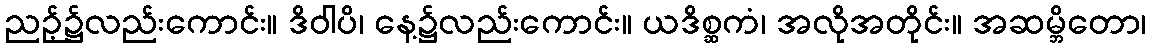
ညဉ့်၌လည်းကောင်း။ ဒိဝါပိ၊ နေ့၌လည်းကောင်း။ ယဒိစ္ဆကံ၊ အလိုအတိုင်း။ အဆမ္ဘိတော၊